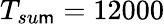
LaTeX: T_{su\mathsf{m}}=12000